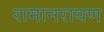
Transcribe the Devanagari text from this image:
रामानरायण